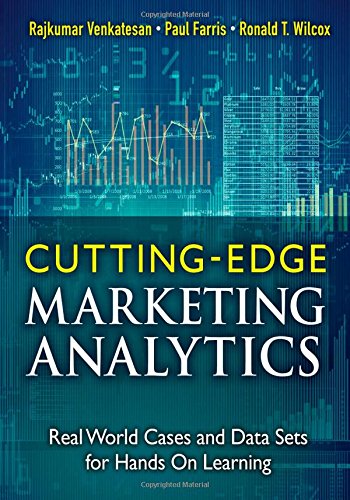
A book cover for Cutting Edge Marketing Analytics: Real World Cases and Data Sets for Hands On Learning (FT Press Analytics); Rajkumar Venkatesan; Computers & Technology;